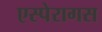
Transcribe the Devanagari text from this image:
एस्पेरागस